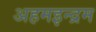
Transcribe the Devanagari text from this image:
अहमइन्द्रम